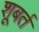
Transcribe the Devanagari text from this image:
शूबर्त